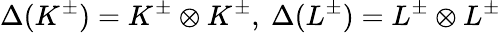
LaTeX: \Delta(K^{\pm})=K^{\pm}\otimes K^{\pm},\ \Delta(L^{\pm})=L^{\pm}\otimes L^{\pm}